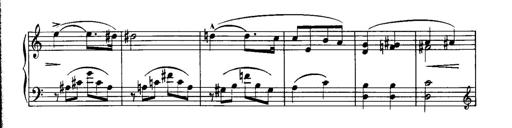
Title: Piano Sonatina No.1, Op.146
Composer: Stephen Heller